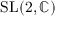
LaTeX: { \mathrm { S L } } ( 2 , \mathbb { C } )